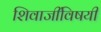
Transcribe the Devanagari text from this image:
शिवाजींविषयी